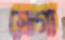
স্লোগা